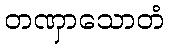
တဏှာသောတံ